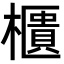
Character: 櫃